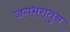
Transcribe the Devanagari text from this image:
जगभरातुन